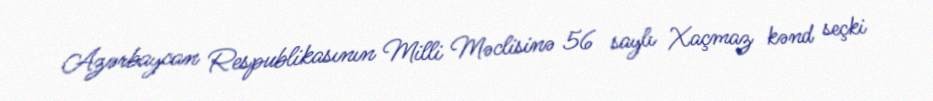
Azərbaycan Respublikasının Milli Məclisinə 56 saylı Xaçmaz kənd seçki